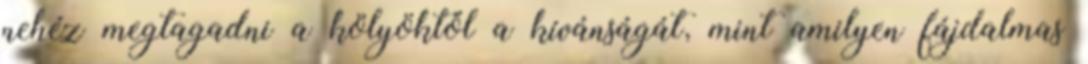
nehéz megtagadni a kölyöktől a kívánságát, mint amilyen fájdalmas